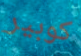
كوبير